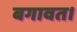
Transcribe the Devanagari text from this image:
बगावत।